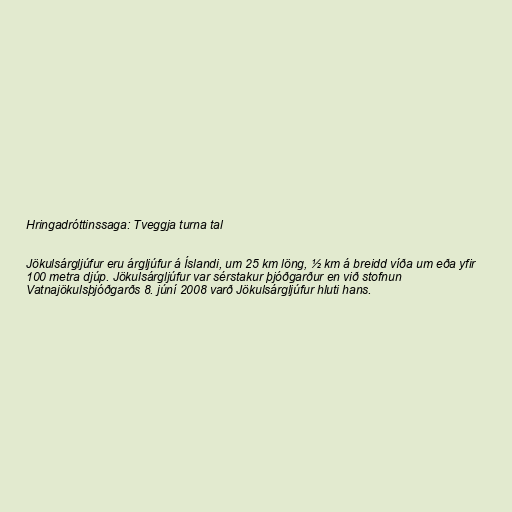
Hringadróttinssaga: Tveggja turna tal

Jökulsárgljúfur eru árgljúfur á Íslandi, um 25 km löng, ½ km á breidd víða um eða yfir
100 metra djúp. Jökulsárgljúfur var sérstakur þjóðgarður en við stofnun
Vatnajökulsþjóðgarðs 8. júní 2008 varð Jökulsárgljúfur hluti hans.